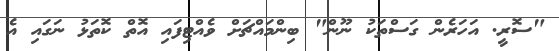
"ސޮރީ. އަހަރެން ގަސްތަކު ނޫން" ބިންމައްޗަށް ވެއްޓިފައި އޮތް ކޮތަޅު ނަގައި އެ